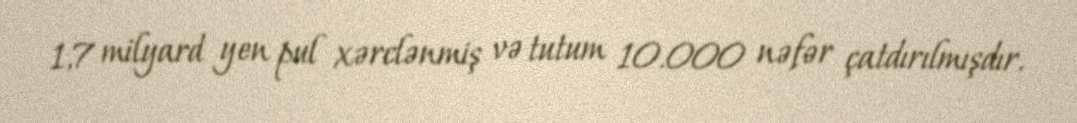
1,7 milyard yen pul xərclənmiş və tutum 10.000 nəfər çatdırılmışdır.